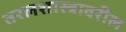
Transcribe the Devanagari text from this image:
तरलशास्त्रावरील